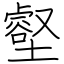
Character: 壑